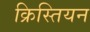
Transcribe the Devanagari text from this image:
क्रिस्तियन